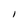
Character: l